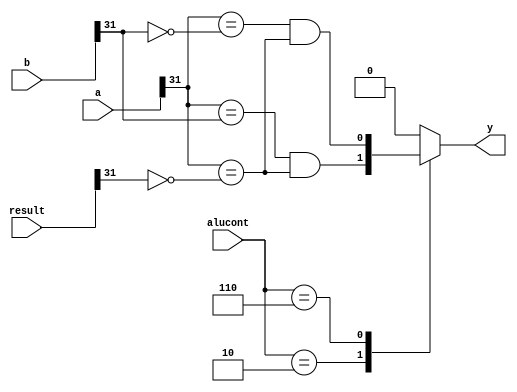

module overflowdetect #(parameter WIDTH = 32)
                      (input [WIDTH-1:0] result,
                       input [WIDTH-1:0] a,
                       input [WIDTH-1:0] b,
                       input [4:0] alucont,
                       output reg   y);
                       wire A1,B1;
                       assign  A1=(a[WIDTH-1]==b[WIDTH-1])&&(a[WIDTH-1]==(~result[WIDTH-1]));
                       assign  B1=(a[WIDTH-1]==(~b[WIDTH-1]))&&(a[WIDTH-1]==(~result[WIDTH-1]));
        always @(*)
           case(alucont[4:0])
             5'b00010: y<=A1;
             5'b00110: y<=B1;
             default:  y<=0;
           endcase
endmodule